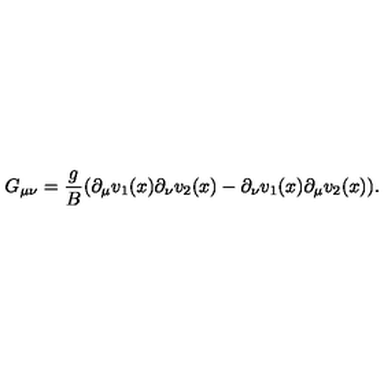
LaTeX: G _ { \mu \nu } = \frac { g } { B } ( \partial _ { \mu } v _ { 1 } ( x ) \partial _ { \nu } v _ { 2 } ( x ) - \partial _ { \nu } v _ { 1 } ( x ) \partial _ { \mu } v _ { 2 } ( x ) ) .